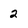
Character: 2